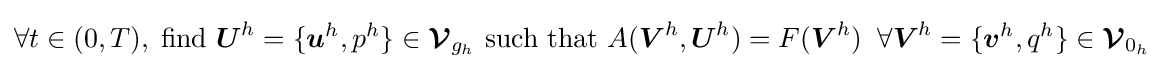
\forall t\in (0,T),\;{\text{find }}{\boldsymbol {U}}^{h}=\{{\boldsymbol {u}}^{h},p^{h}\}\in {\boldsymbol {\mathcal {V}}}_{g_{h}}{\text{ such that }}A({\boldsymbol {V}}^{h},{\boldsymbol {U}}^{h})=F({\boldsymbol {V}}^{h})\;\;\forall {\boldsymbol {V}}^{h}=\{{\boldsymbol {v}}^{h},q^{h}\}\in {\boldsymbol {\mathcal {V}}}_{0_{h}}